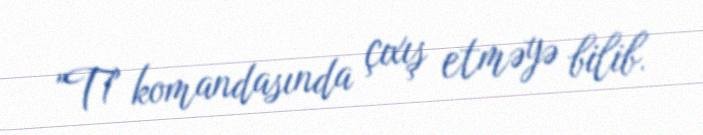
"T1" komandasında çıxış etməyə bilib.